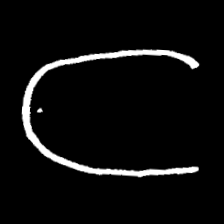
Pyu character \u2014 Myanmar letter: ဋ (romanized: tta)